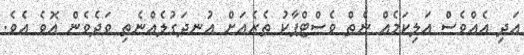
އަދި އެއްވެސް އަލިކަމެއް ނެތް ވެސްޓްޕާކު ތެރެއަށް އުނދަގުލެއްނެތި ވަދެވެން އޮވެ އެވެ.